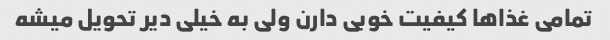
تمامی غذاها کیفیت خوبی دارن ولی به خیلی دیر تحویل میشه